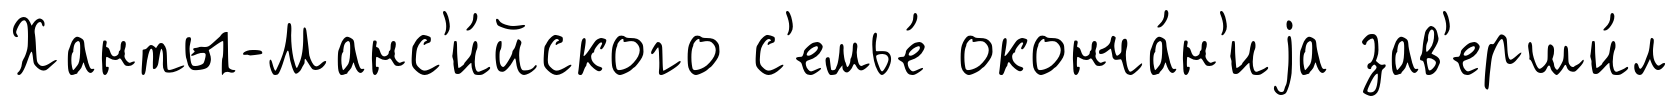
Ханты-Манс'и́йского с'емье́ оконча́н'иjа зав'ерши́л